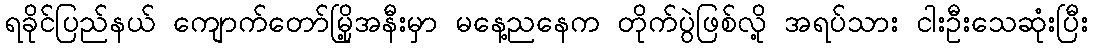
ရခိုင်ပြည်နယ် ကျောက်တော်မြို့အနီးမှာ မနေ့ညနေက တိုက်ပွဲဖြစ်လို့ အရပ်သား ငါးဦးသေဆုံးပြီး